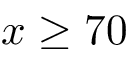
x \ge 7 0